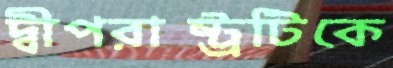
দ্বীপরাষ্ট্রটিকে